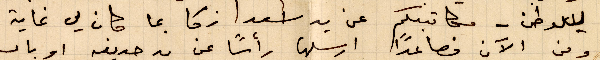
للوطن - مكاتبكم عن يد اسعد زكا بما كان لي غاية